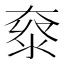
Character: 𡙌